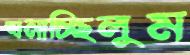
ঘনাচ্ছিলুম